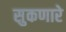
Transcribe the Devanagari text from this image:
सुकणारे